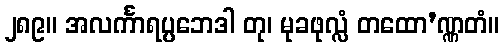
၂၈၉။ အလင်္ကာရပ္ပဘေဒါ တု၊ မုခဖုလ္လံ တထော’ဏ္ဏတံ။